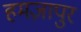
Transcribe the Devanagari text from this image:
हमज़ापुर